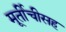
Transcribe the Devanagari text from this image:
मूर्तीचीसह